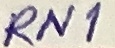
Text: RN1